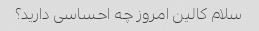
سلام کالین امروز چه احساسی دارید؟